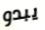
يبدو